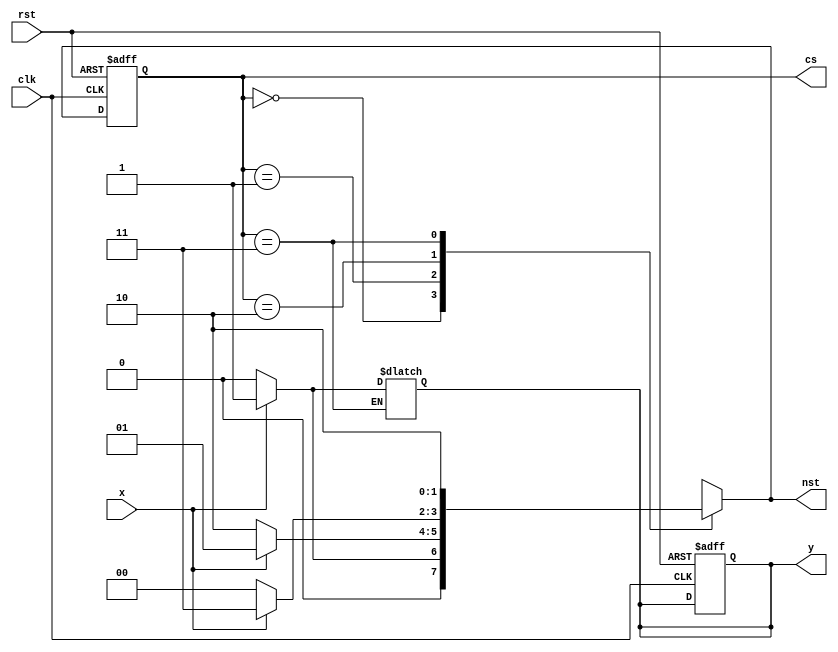
module moorefsm_ov(

input clk,rst,x,

output reg y,
  output reg [1:0] cs,nst);

parameter s0=2'b00,
          s1=2'b01,
          s2=2'b10,
          s3=2'b11;

  //reg [1:0] cs,nst;101

always@(posedge clk, posedge rst)
begin
  if(rst)begin
    y<=1'b0;
   cs<=s0;
  end   
else 
cs<=nst;
end  
  always@(*)begin
case(cs)

s0:  begin
 if(x==1)
  nst<=s1;
else
nst<=s0;
end

s1: begin
 if(x==1)
  nst<=s1;
else
nst<=s2;
end

s2: begin
 if(x==1)
  nst<=s3;
else
nst<=s0;
end

s3: begin
  y<=1;
 if(x==1)
  nst<=s1;
else
  y<=0;
nst<=s2;

end
endcase
end
endmodule


module moorefsm_ov_tb;

reg clk,rst,x;
wire y;
  wire [1:0] cs, nst;

  moorefsm_ov fs(clk,rst,x,y,cs,nst);

initial
begin 
  $monitor("clk=%b, rst=%b, x=%b,y=%b, cs=%b, nst=%b", clk,rst,x,y,cs,nst);
rst=1; clk=0; x=0; #10;
rst=0; 
 x=1; #10;
 x=0; #10;
  x=1; #10;
 x=0; #10;
//rst=1;
 x=0; #10;
 // rst=0;
 x=1; #10;
 x=0; #10;
 x=1; #10;
 //x=0; #10;

 #20 $finish;
end
always #5 clk=~clk;
  initial
    begin
      $dumpfile("moorefsm_ov.vcd");
      $dumpvars;
    end
endmodule